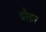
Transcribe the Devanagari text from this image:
वोइर